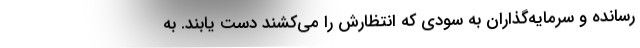
رسانده و سرمايه‌گذاران به سودي كه انتظارش را مي‌كشند دست يابند. به